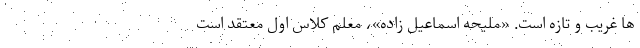
ها غریب و تازه است. «ملیحه اسماعیل زاده»، معلم کلاس اول ‌معتقد است